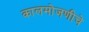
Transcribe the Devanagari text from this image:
कालमोजणीचे